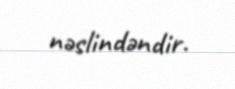
nəslindəndir.